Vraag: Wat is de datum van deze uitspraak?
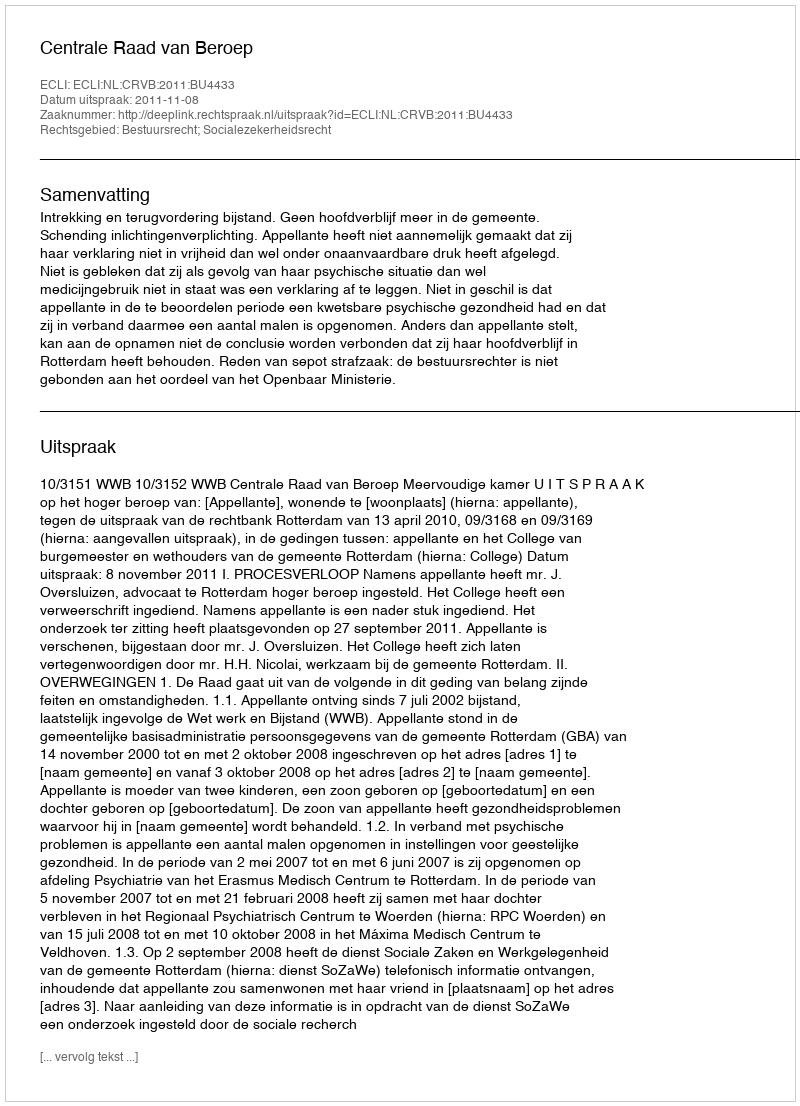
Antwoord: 2011-11-08